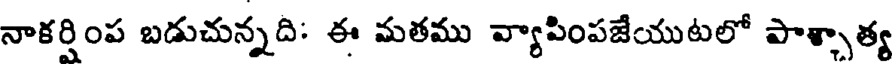
నాకర్షింప బడుచున్నది: ఈ మతము వ్యాపింపజేయుటలో పాశ్చాత్య